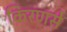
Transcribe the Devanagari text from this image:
किरणसे